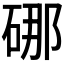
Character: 𪿣